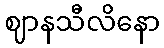
ဈာနသီလိနော